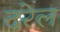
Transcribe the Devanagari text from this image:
दरेल